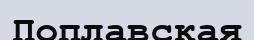
Поплавская